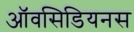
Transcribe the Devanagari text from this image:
ऑवसिडियनस